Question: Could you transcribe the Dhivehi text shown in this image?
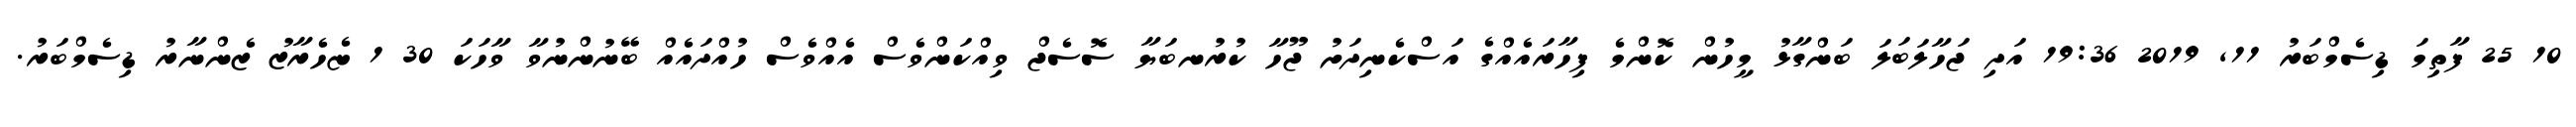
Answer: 10 25 ފާތިމަ ޑިސެމްބަރު 11, 2019 19:36 އަދި ޖަހާލަބަލަ ބަންގާޅު މީހުން ކޮންމެ ފިހާރައެއްގެ އަސްކެނިދަށު ޖޫހާ ކުރުނބަޔާ ސޮސެޖް ވިއްކަންވެސް އެއްވެސް ހުއްދައެއް ބޭނުންނުވާ ވާހަކަ 30 1 ޏެހެރާޒު ޒެންނާރު ޑިސެމްބަރު.